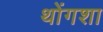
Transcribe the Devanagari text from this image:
थोंगशा